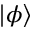
| \phi \rangle